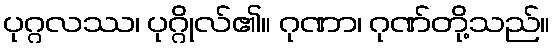
ပုဂ္ဂလဿ၊ ပုဂ္ဂိုလ်၏။ ဂုဏာ၊ ဂုဏ်တို့သည်။